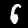
Label: 6